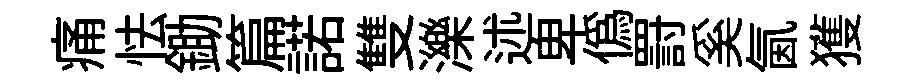
痛怯鋤篇諾雙濼述卑偽罸奚氤獲